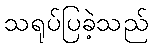
သရုပ်ပြခဲ့သည်